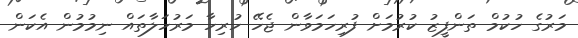
މަރުގެ ހުކުމް ތަންފީޒު ކުރުމަށް ފުރިހަމަވާން ޖެހޭ ހުރިހާ މަރުހަލާތައް ނިމުމުން އެކަން